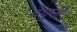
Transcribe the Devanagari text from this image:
येथुनी